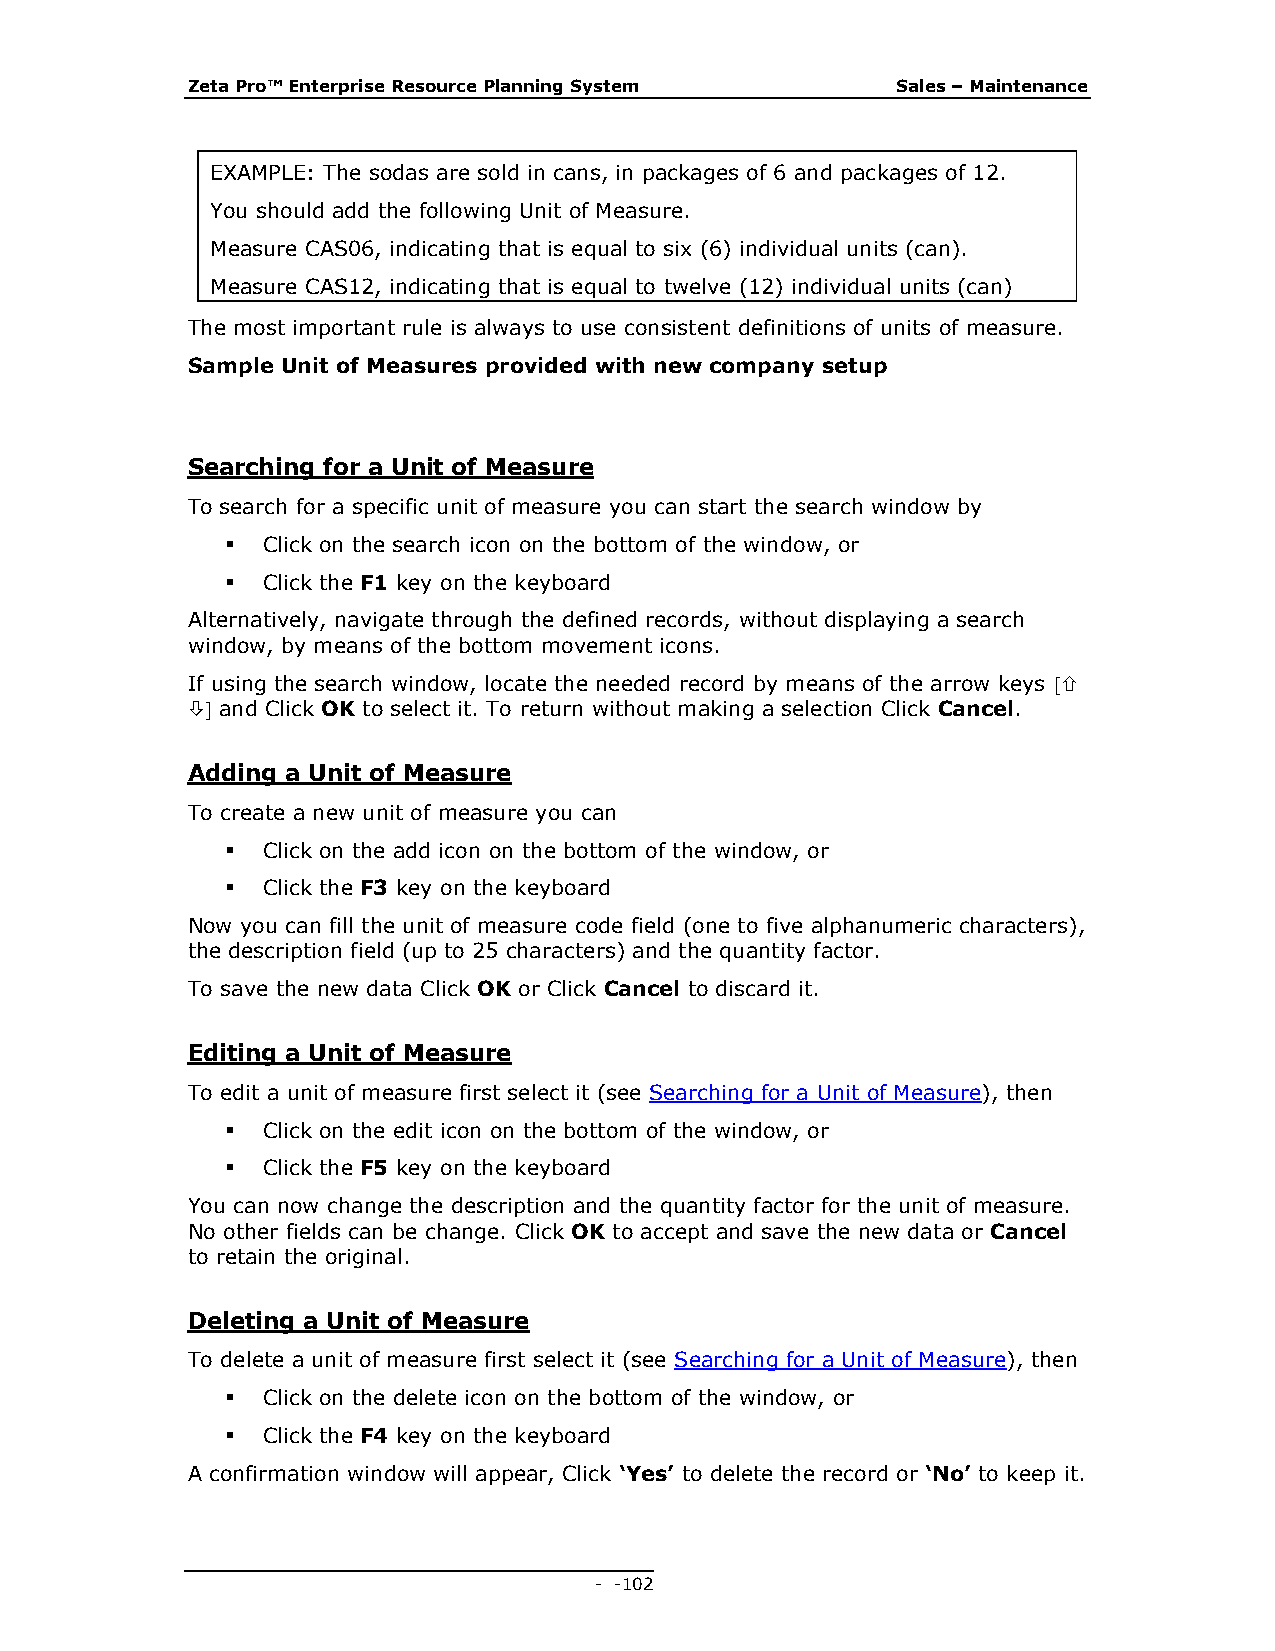
Zeta Pro™ Enterprise Resource Planning System  Sales – Maintenance
 EXAMPLE: The sodas are sold in cans, in packages of 6 and packages of 12.
 You should add the following Unit of Measure.
 Measure CAS06, indicating that is equal to six (6) individual units (can).
 Measure CAS12, indicating that is equal to twelve (12) individual units (can)
 The most important rule is always to use consistent definitions of units of measure.
 Sample Unit of Measures provided with new company setup
 Searching for a Unit of Measure
 To search for a specific unit of measure you can start the search window by
  Click on the search icon on the bottom of the window, or
  Click the F1 key on the keyboard
 Alternatively, navigate through the defined records, without displaying a search
 window, by means of the bottom movement icons.
 If using the search window, locate the needed record by means of the arrow keys 
  and Click OK to select it. To return without making a selection Click Cancel.
 Adding a Unit of Measure
 To create a new unit of measure you can
  Click on the add icon on the bottom of the window, or
  Click the F3 key on the keyboard
 Now you can fill the unit of measure code field (one to five alphanumeric characters),
 the description field (up to 25 characters) and the quantity factor.
 To save the new data Click OK or Click Cancel to discard it.
 Editing a Unit of Measure
 To edit a unit of measure first select it (see Searching for a Unit of Measure), then
  Click on the edit icon on the bottom of the window, or
  Click the F5 key on the keyboard
 You can now change the description and the quantity factor for the unit of measure.
 No other fields can be change. Click OK to accept and save the new data or Cancel
 to retain the original.
 Deleting a Unit of Measure
 To delete a unit of measure first select it (see Searching for a Unit of Measure), then
  Click on the delete icon on the bottom of the window, or
  Click the F4 key on the keyboard
 A confirmation window will appear, Click ‘Yes’ to delete the record or ‘No’ to keep it.
 - - 102